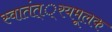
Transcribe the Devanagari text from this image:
स्वातंत््रयमूलक